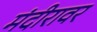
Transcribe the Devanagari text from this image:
मंदीरावर